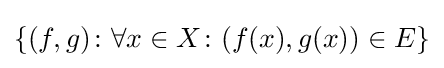
\{(f,g)\colon \forall x\in X\colon (f(x),g(x))\in E\}